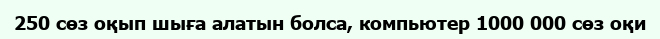
250 сөз оқып шыға алатын болса, компьютер 1000 000 сөз оқи